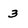
Character: 3